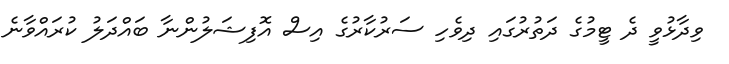
ވިދާޅުވީ ދެ ޓީމުގެ ދަތުރުގައި ދިވެހި ސަރުކާރުގެ އިސް އޮފިޝަލުންނާ ބައްދަލު ކުރައްވާނެ